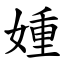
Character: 媑